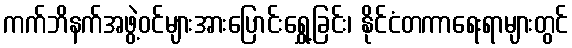
ကက်ဘိနက်အဖွဲ့ဝင်များအားပြောင်းရွှေ့ခြင်း၊ နိုင်ငံတကာရေးရာများတွင်